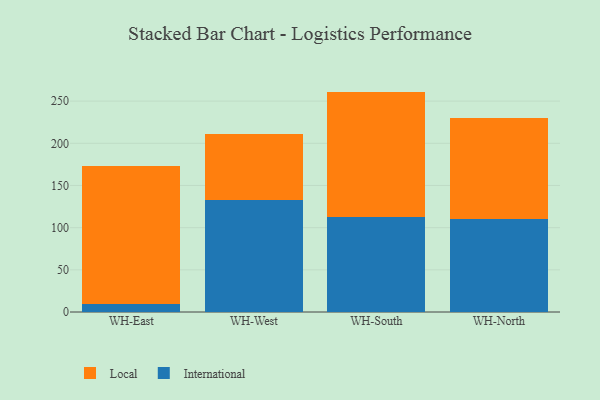
{"axis": {"x": "Warehouse", "y": "Backlog"}, "legend": ["International", "Local"], "data": [{"x": "WH-East", "y": 10.0, "type": "International"}, {"x": "WH-East", "y": 162.8, "type": "Local"}, {"x": "WH-West", "y": 132.5, "type": "International"}, {"x": "WH-West", "y": 78.6, "type": "Local"}, {"x": "WH-South", "y": 112.9, "type": "International"}, {"x": "WH-South", "y": 148.4, "type": "Local"}, {"x": "WH-North", "y": 110.8, "type": "International"}, {"x": "WH-North", "y": 118.9, "type": "Local"}]}